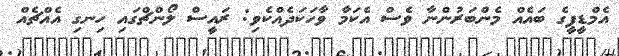
އެމްޑީޕީގެ ބައެއް މެންބަރުންނާ ވެސް އެކަމާ ވާހަކަދެއްކެވި: ރައީސް ލޯންޗްގައި ހިނގި އެއްޗެއް